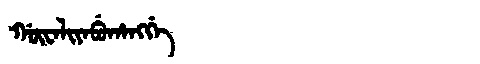
Manchu: ᡤᡡᠸᠠᠯᡳᠶᠠᠪᡠᡥᠠᠩᡤᡝ
Romanization: GŪWALIYABUHANGGE